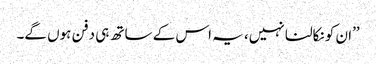
’’ان کو نکالنا نہیں، یہ اس کے ساتھ ہی دفن ہوں گے۔